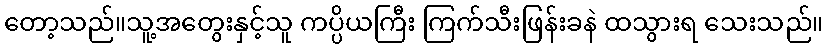
တော့သည်။သူ့အတွေးနှင့်သူ ကပ္ပိယကြီး ကြက်သီးဖြန်းခနဲ ထသွားရ သေးသည်။